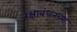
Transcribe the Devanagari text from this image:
रक्षाबंधनच्या